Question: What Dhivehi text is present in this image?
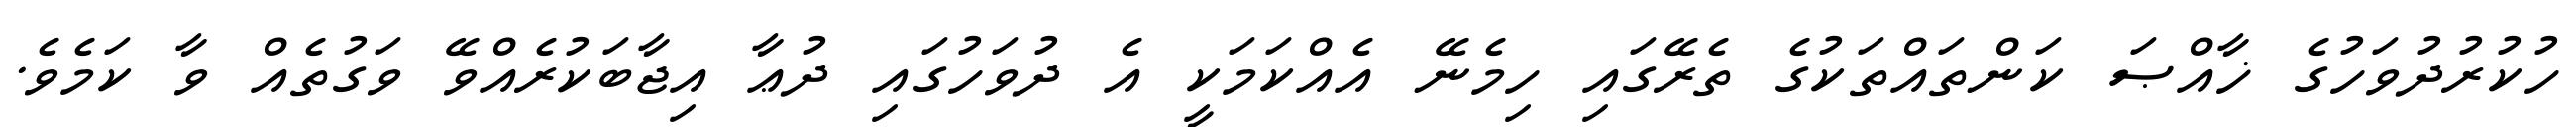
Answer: ހުކުރުދުވަހުގެ ޚާއްޞަ ކަންތައްތަކުގެ ތެރޭގައި ހިމެނޭ އެއްކަމަކީ އެ ދުވަހުގައި ދުޢާ އިޖާބަކުރެއްވޭ ވަގުތެއް ވާ ކަމެވެ.